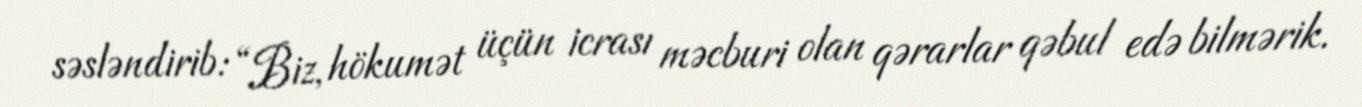
səsləndirib: “Biz, hökumət üçün icrası məcburi olan qərarlar qəbul edə bilmərik.